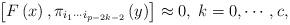
LaTeX: \begin{align*}\left[ F\left( x\right) ,\pi _{i_1\cdots i_{p-2k-2}}\left(y\right) \right] \approx 0,\;k=0,\cdots ,c,\end{align*}